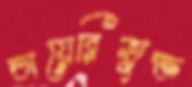
ডায়েরিভুক্ত